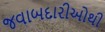
જવાબદારીઓથી